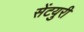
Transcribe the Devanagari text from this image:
सेंटयुरी